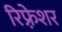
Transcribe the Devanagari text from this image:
रिफ़्रेशर